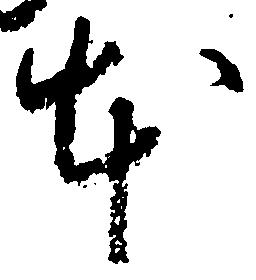
本